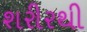
શરીરથી